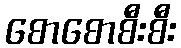
စောစောစီးစီး